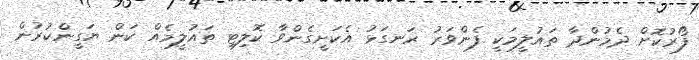
ފޯރުކޮށް ދެމުންދާ ތައުލީމަކީ ފެންވަރު ރަނގަޅު އެކަށީގެންވާ ކޮލިޓި ތައުލީމެއް ކަން ޔަގީންކުރުން